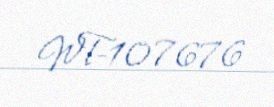
WT-107676